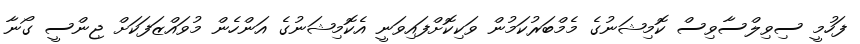
ފަހުމީ ސިވިލްސާވިސް ކޮމިޝަނުގެ މެމްބަރުކަމުން ވަކިކޮށްފައިވަނީ އެކޮމިޝަނުގެ އަންހެން މުވައްޒަފަކަށް ޖިންސީ ގޯނާ